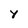
Character: y